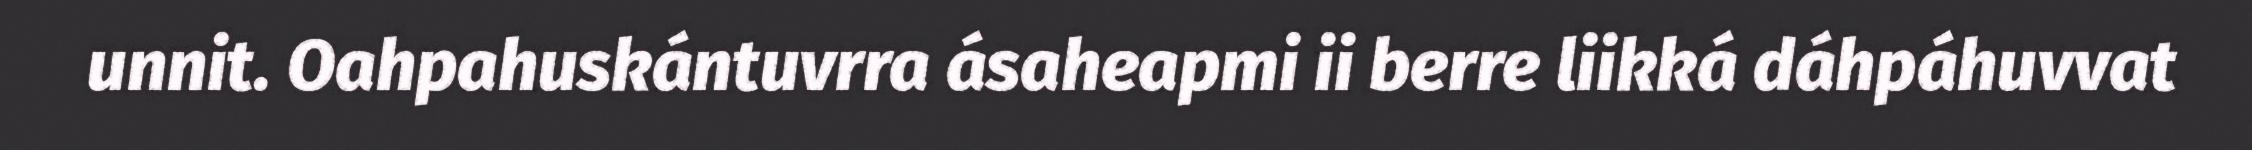
unnit. Oahpahuskántuvrra ásaheapmi ii berre liikká dáhpáhuvvat